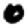
Digit: 0